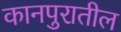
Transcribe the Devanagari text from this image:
कानपुरातील